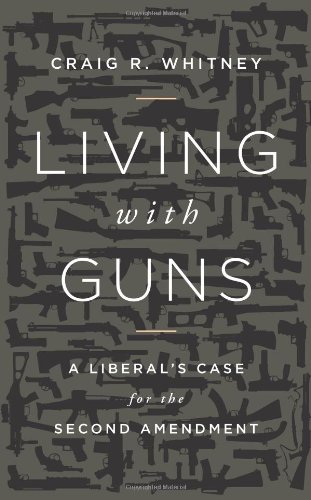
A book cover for Living with Guns: A Liberal's Case for the Second Amendment; Craig Whitney; Law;